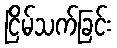
ငြိမ်သက်ခြင်း